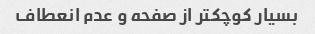
بسیار کوچکتر از صفحه و عدم انعطاف